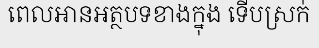
ពេលអានអត្ថបទខាងក្នុង ទើបស្រក់